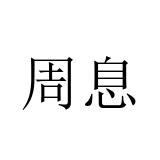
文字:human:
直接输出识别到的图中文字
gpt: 周息